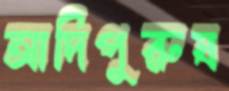
আদিপুরুষ